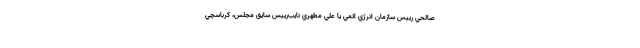
صالحي رييس سازمان انرژي اتمي يا علي مطهري نايب‌رييس سايق مجلس، كرباسچي